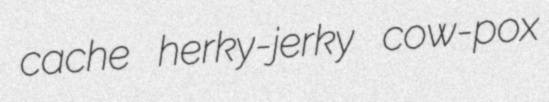
cache herky-jerky cow-pox